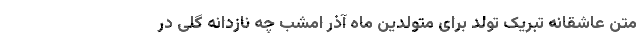
متن عاشقانه تبریک تولد برای متولدین ماه آذر امشب چه نازدانه گلی در